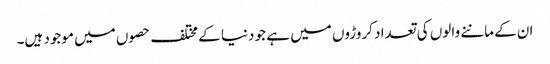
ان کے ماننے والوں کی تعداد کروڑوں میں ہے جو دنیا کے مختلف حصوں میں موجود ہیں۔